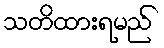
သတိထားရမည်